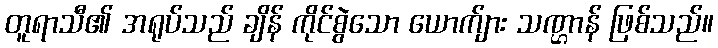
တူရာသီ၏ အရုပ်သည် ချိန် ကိုင်စွဲသော ယောက်ျား သဏ္ဌာန် ဖြစ်သည်။